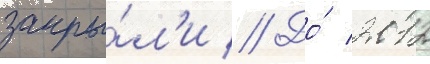
закры́л'и // До́ 2012